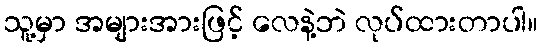
သူ့မှာ အများအားဖြင့် လေနဲ့ဘဲ လုပ်ထားတာပါ။